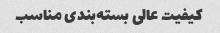
کیفیت عالی بسته‌بندی مناسب